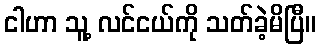
ငါဟာ သူ့ လင်ငယ်ကို သတ်ခဲ့မိပြီ။